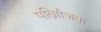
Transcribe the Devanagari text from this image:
पर्व्राािजक